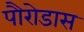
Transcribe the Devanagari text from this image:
पौरोडास